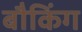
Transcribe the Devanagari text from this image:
बौकिंग